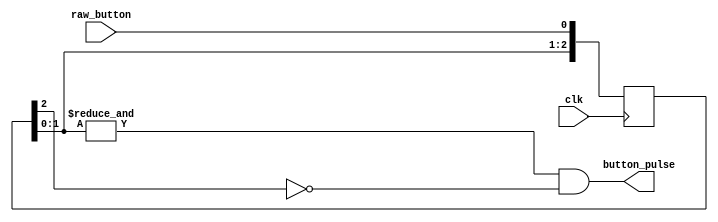
`timescale 1ns / 1ps
   
module button_pulse(
		    input clk,
		    input raw_button,
		    output button_pulse
		    );
    
    localparam N = 3;
        
    reg [N - 1:0] Q_reg;
    
    always @(posedge clk)
    begin
        Q_reg <= {Q_reg[N - 2:0], raw_button};
    end
    
    assign button_pulse = (&Q_reg[N - 2:0]) & ~Q_reg[N-1];
endmodule